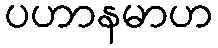
ပဟာနမာဟ